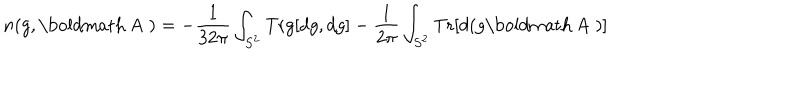
LaTeX: n ( g , \mathrm { \boldmath ~ A ~ } ) = - \frac { 1 } { 3 2 \pi } \int _ { S ^ { 2 } } \mathrm { T r } g [ d g , d g ] - \frac { 1 } { 2 \pi } \int _ { S ^ { 2 } } \mathrm { T r } [ d ( g \mathrm { \boldmath ~ A ~ } ) ]